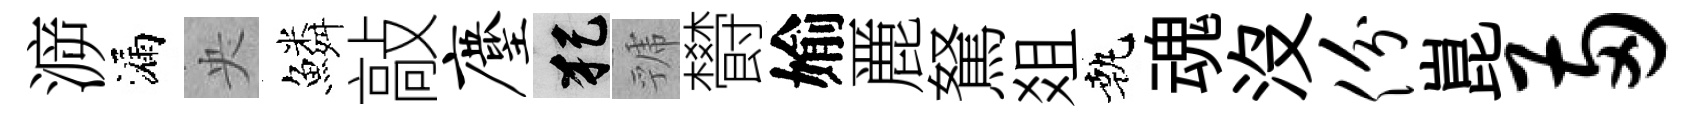
㴑漏央鱗敲麈犯虢欎媮䴡駑爼執魂没份崑两